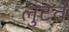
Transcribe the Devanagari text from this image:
लुटते